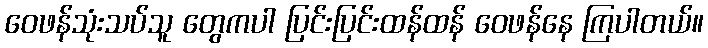
ဝေဖန်သုံးသပ်သူ တွေကပါ ပြင်းပြင်းထန်ထန် ဝေဖန်နေ ကြပါတယ်။